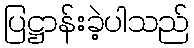
ပြဋ္ဌာန်းခဲ့ပါသည်